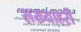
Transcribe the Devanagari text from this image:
सख्याहरी